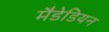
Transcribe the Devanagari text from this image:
मैडेडियन